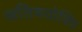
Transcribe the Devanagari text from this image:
अतिषयोक्ति